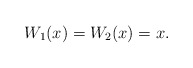
\begin{align*} W_1(x)=W_2(x)=x \mbox{.} \end{align*}